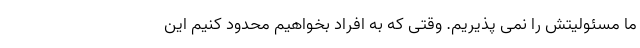
ما مسئولیتش را نمی پذیریم. وقتی که به افراد بخواهیم محدود کنیم این